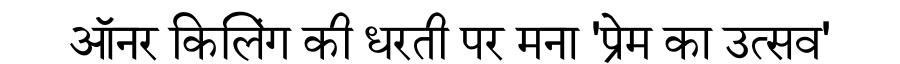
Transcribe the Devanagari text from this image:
ऑनर किलिंग की धरती पर मना 'प्रेम का उत्सव'